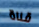
قناة